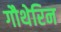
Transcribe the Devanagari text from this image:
गौथेरिन